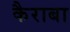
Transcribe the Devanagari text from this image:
कैराबा